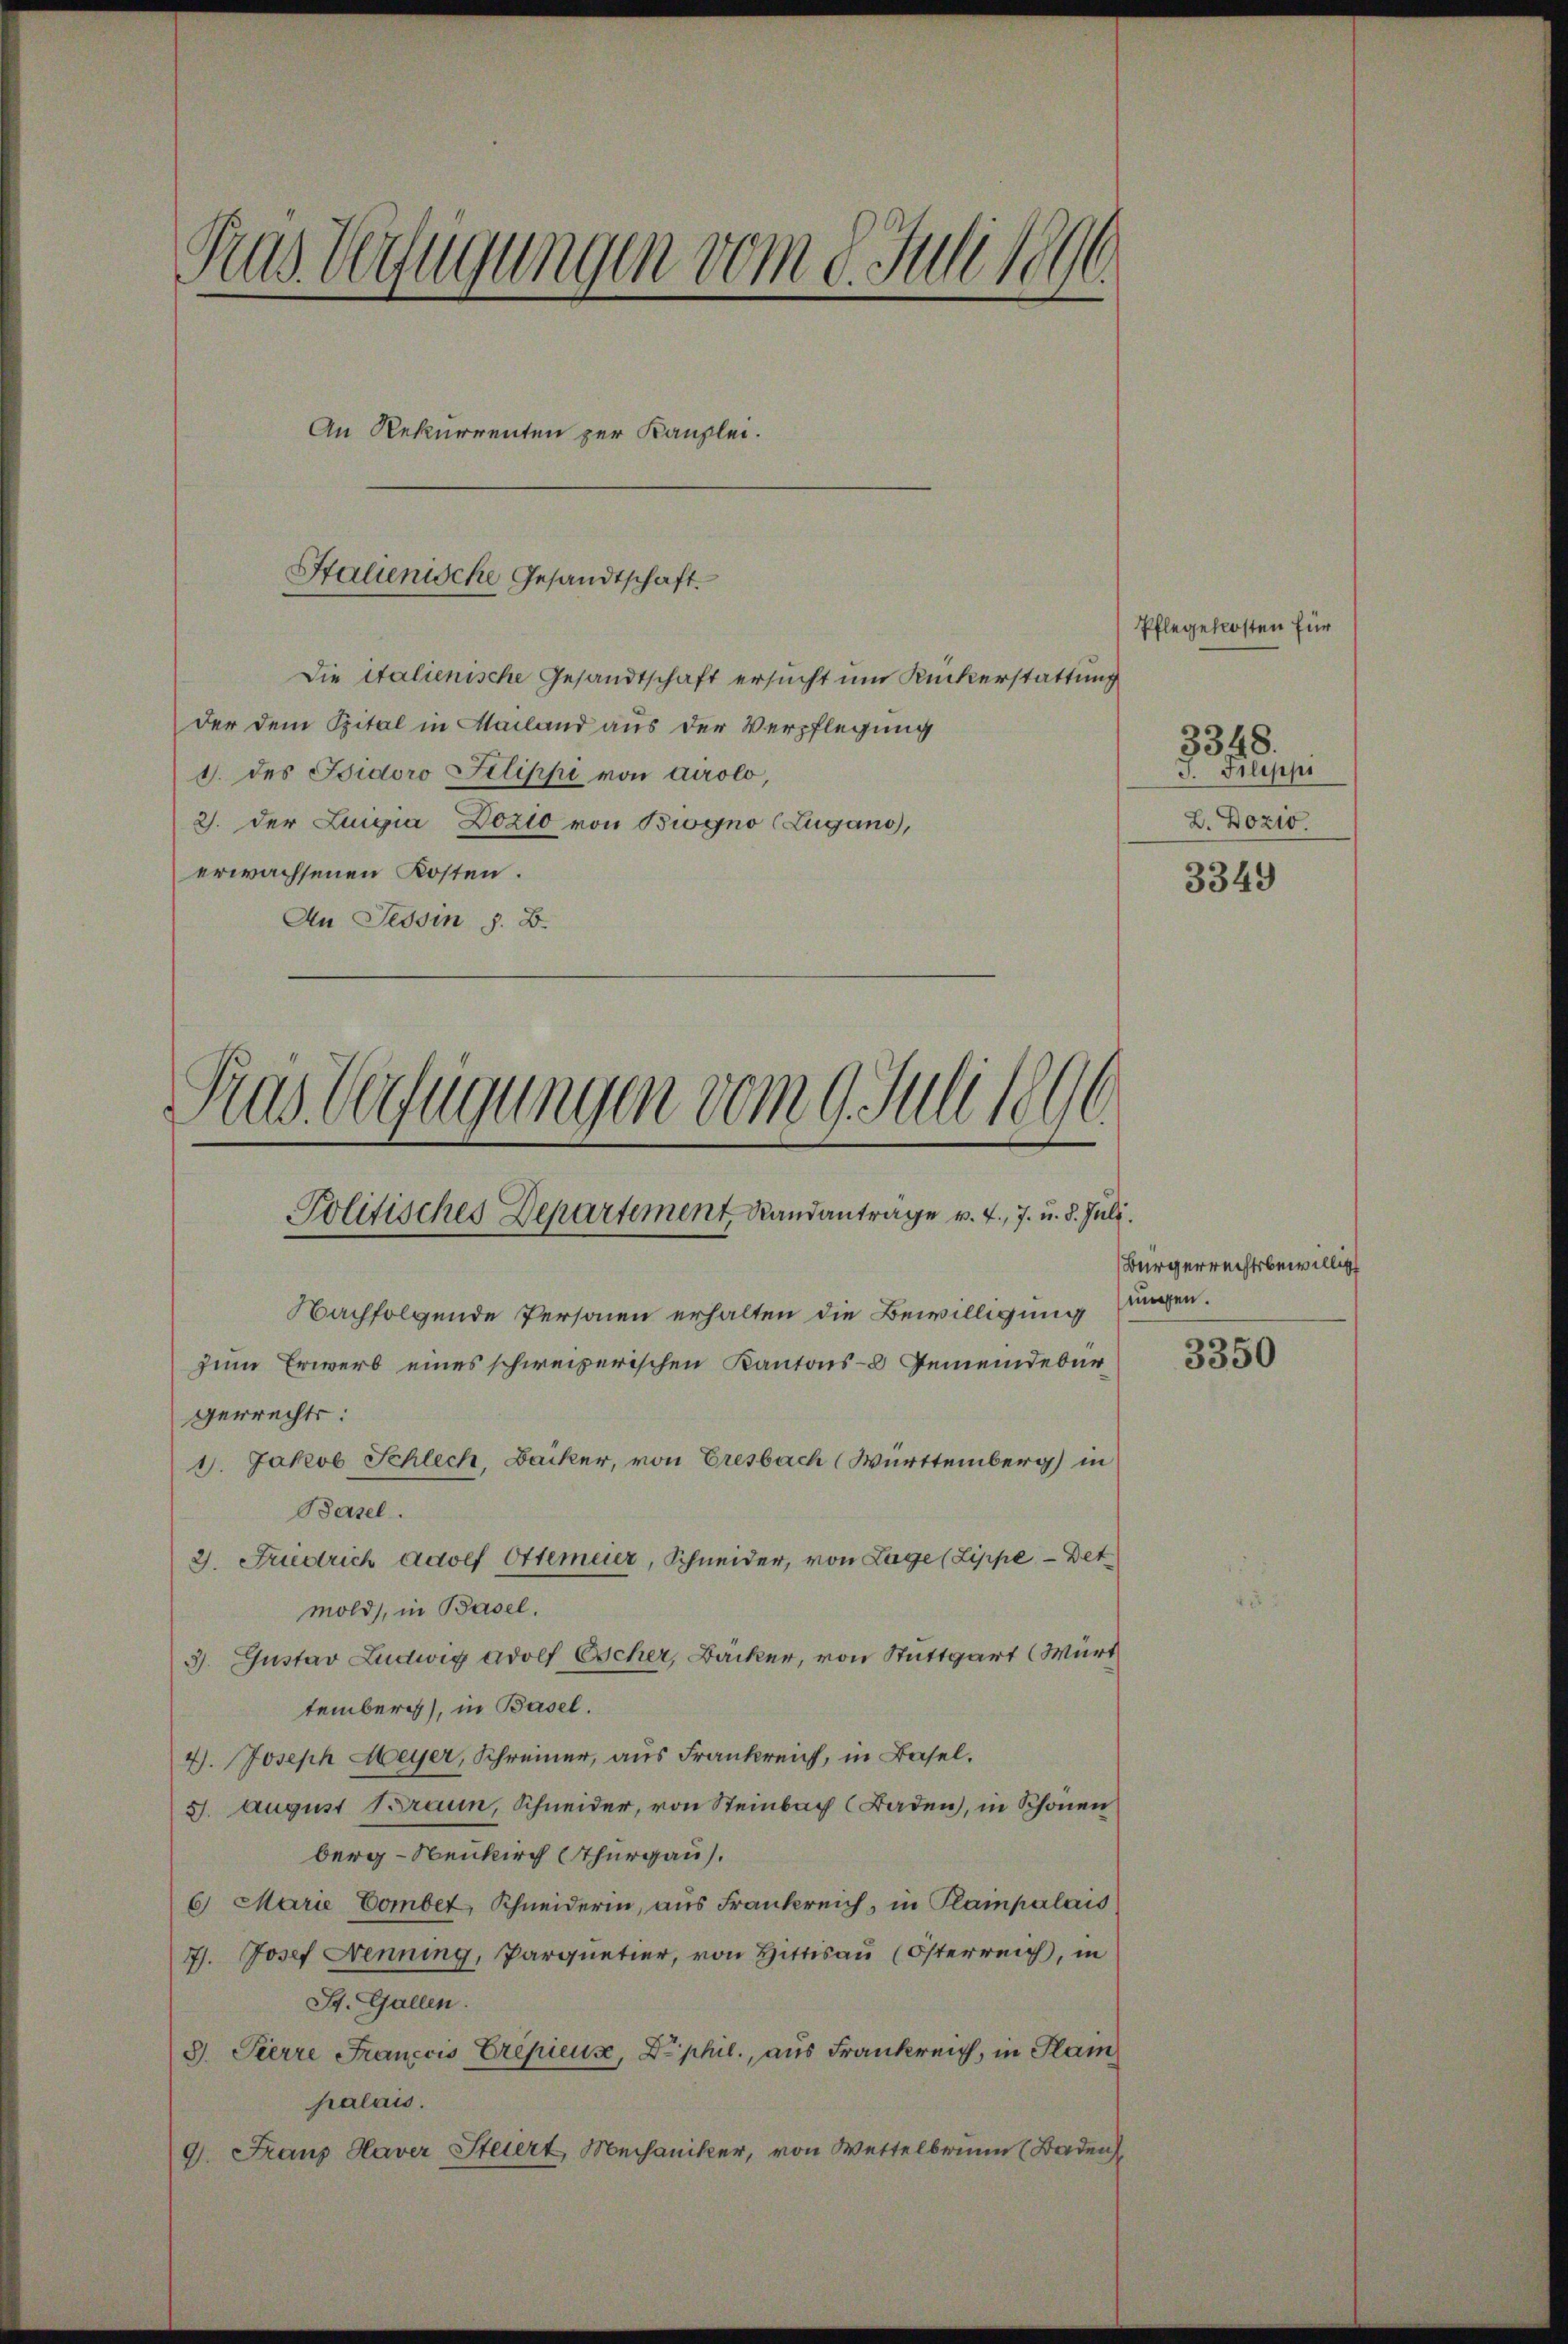
Pras Verfügungen vom 9. Juli 1896.

An Rekurrenten zur Kanzlei.

Stalienische Gesandtschaft.

Tras Verfügungen vom 9. Juli 1890.

Politisches Departement, Randantrage v. J., 7. u. d. Juli.
Nachfolgende Personen erhalten die Bewilligung ungen.
zum Erwerb eines schweizerischen Kantons- Gemeindebür¬

gerrechts:
1. Jakob Schlech, Bäcker, von Eresbach Württemberg in

Die italienische Gesandtschaft ersucht um Ruckerstattung
der dem Spital in Mailand aus der Verpflegung
1. des Bidoro Filippi von Airolo,
2). Der Luigia Dozlo von Bigno (Zugano,
erwachsenen Kosten.
An Tessin z. B.

2. Fridrich Adolf Ottemeier, Schneider, von Lage (Lippe Det
mold, in Basel.
3. Gustav Ludwig adolf Escher, Bäcker, von Stuttgart Würt
temberg), in Basel.
4). Joseph Meyer, Schreiner, aus Frankreich, in Basel.
5. August Braun, Schneider, von Steinbach Baden, in Schönen
berg-Neukirch Thurgau).
6) Marie Comber, Schneiderin, aus Frankreich, in Plainpalais
7. Josef Nenning, Parquetier, von Hittisau (Österreich, in
St. Gallen.
S. Pierre Franccis Erepieuse, De phil., aus Frankreich, in Plai
palais.
9. Franz Haver Steiert Mechaniker, von Wettelbrunn (Baden

Basel.

Pflegekosten für
3348.
J. Filippi
L. Dozio
3349

Bürgerrechtsbewillig

3350